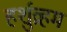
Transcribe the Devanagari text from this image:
हर्शुव्रहम